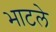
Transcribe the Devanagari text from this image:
भाटले